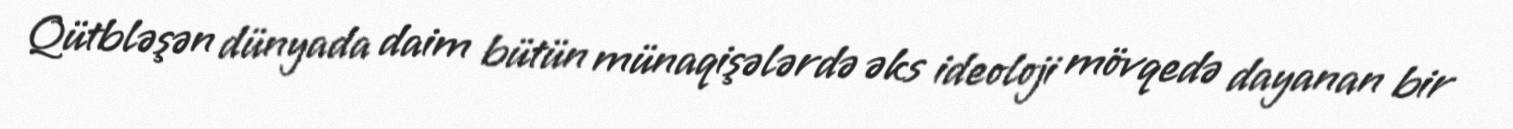
Qütbləşən dünyada daim bütün münaqişələrdə əks ideoloji mövqedə dayanan bir